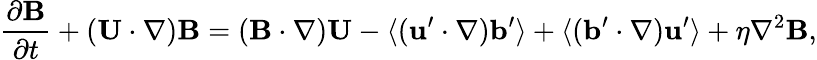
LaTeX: \frac{\partial{\mathbf{B}}}{\partial t}+({\mathbf{U}}\cdot\nabla){\mathbf{B}}=({\mathbf{B}}\cdot\nabla){\mathbf{U}}-\langle{({\mathbf{u}}^{\prime}\cdot\nabla){\mathbf{b}}^{\prime}}\rangle+\langle{({\mathbf{b}}^{\prime}\cdot\nabla){\mathbf{u}}^{\prime}}\rangle+\eta\nabla^{2}{\mathbf{B}},